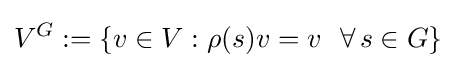
V^{G}:=\{v\in V:\rho (s)v=v\,\,\,\,\forall \,s\in G\}